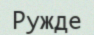
Ружде